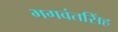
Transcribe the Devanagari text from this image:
भगवंतसिंह